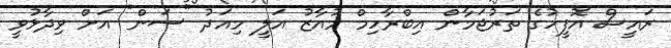
ރައީސް އޮފީހުގެ ތަރުޖަމާން އިބްރާހިމް މުއާޒު އަލީ މިއަދު "ސަން" އަށް ވިދާޅުވީ